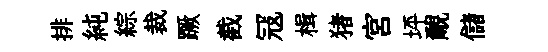
排純綜裁蹶截冦楫猪宮坪覼儲